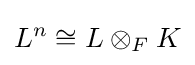
L^{n}\cong L\otimes _{F}K